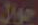
جوال